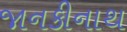
જાનકીનાથ